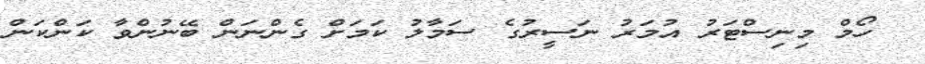
ހޯމް މިނިސްޓަރު އުމަރު ނަސީރުގެ ސަމާލު ކަމަށް ގެންނަން ބޭނުންވާ ކަންކަން